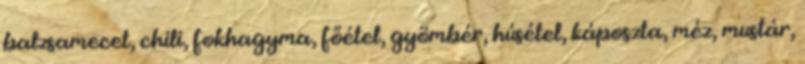
balzsamecet, chili, fokhagyma, főétel, gyömbér, húsétel, káposzta, méz, mustár,